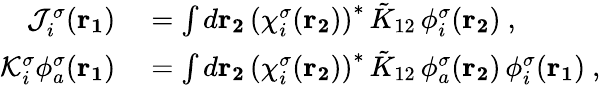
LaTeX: \begin{array}{rl}{\mathcal{J}_{i}^{\sigma}(\mathbf{r_{1}})}&{{}=\int d\mathbf{r_{2}}\, \left(\chi_{i}^{\sigma}(\mathbf{r_{2}})\right)^{*}\, \tilde{K}_{12}\, \phi_{i}^{\sigma}(\mathbf{r_{2}})\mathrm{~,~}}\\ {\mathcal{K}_{i}^{\sigma}\phi_{a}^{\sigma}(\mathbf{r_{1}})}&{{}=\int d\mathbf{r_{2}}\, \left(\chi_{i}^{\sigma}(\mathbf{r_{2}})\right)^{*}\, \tilde{K}_{12}\, \phi_{a}^{\sigma}(\mathbf{r_{2}})\, \phi_{i}^{\sigma}(\mathbf{r_{1}})\mathrm{~,~}}\end{array}